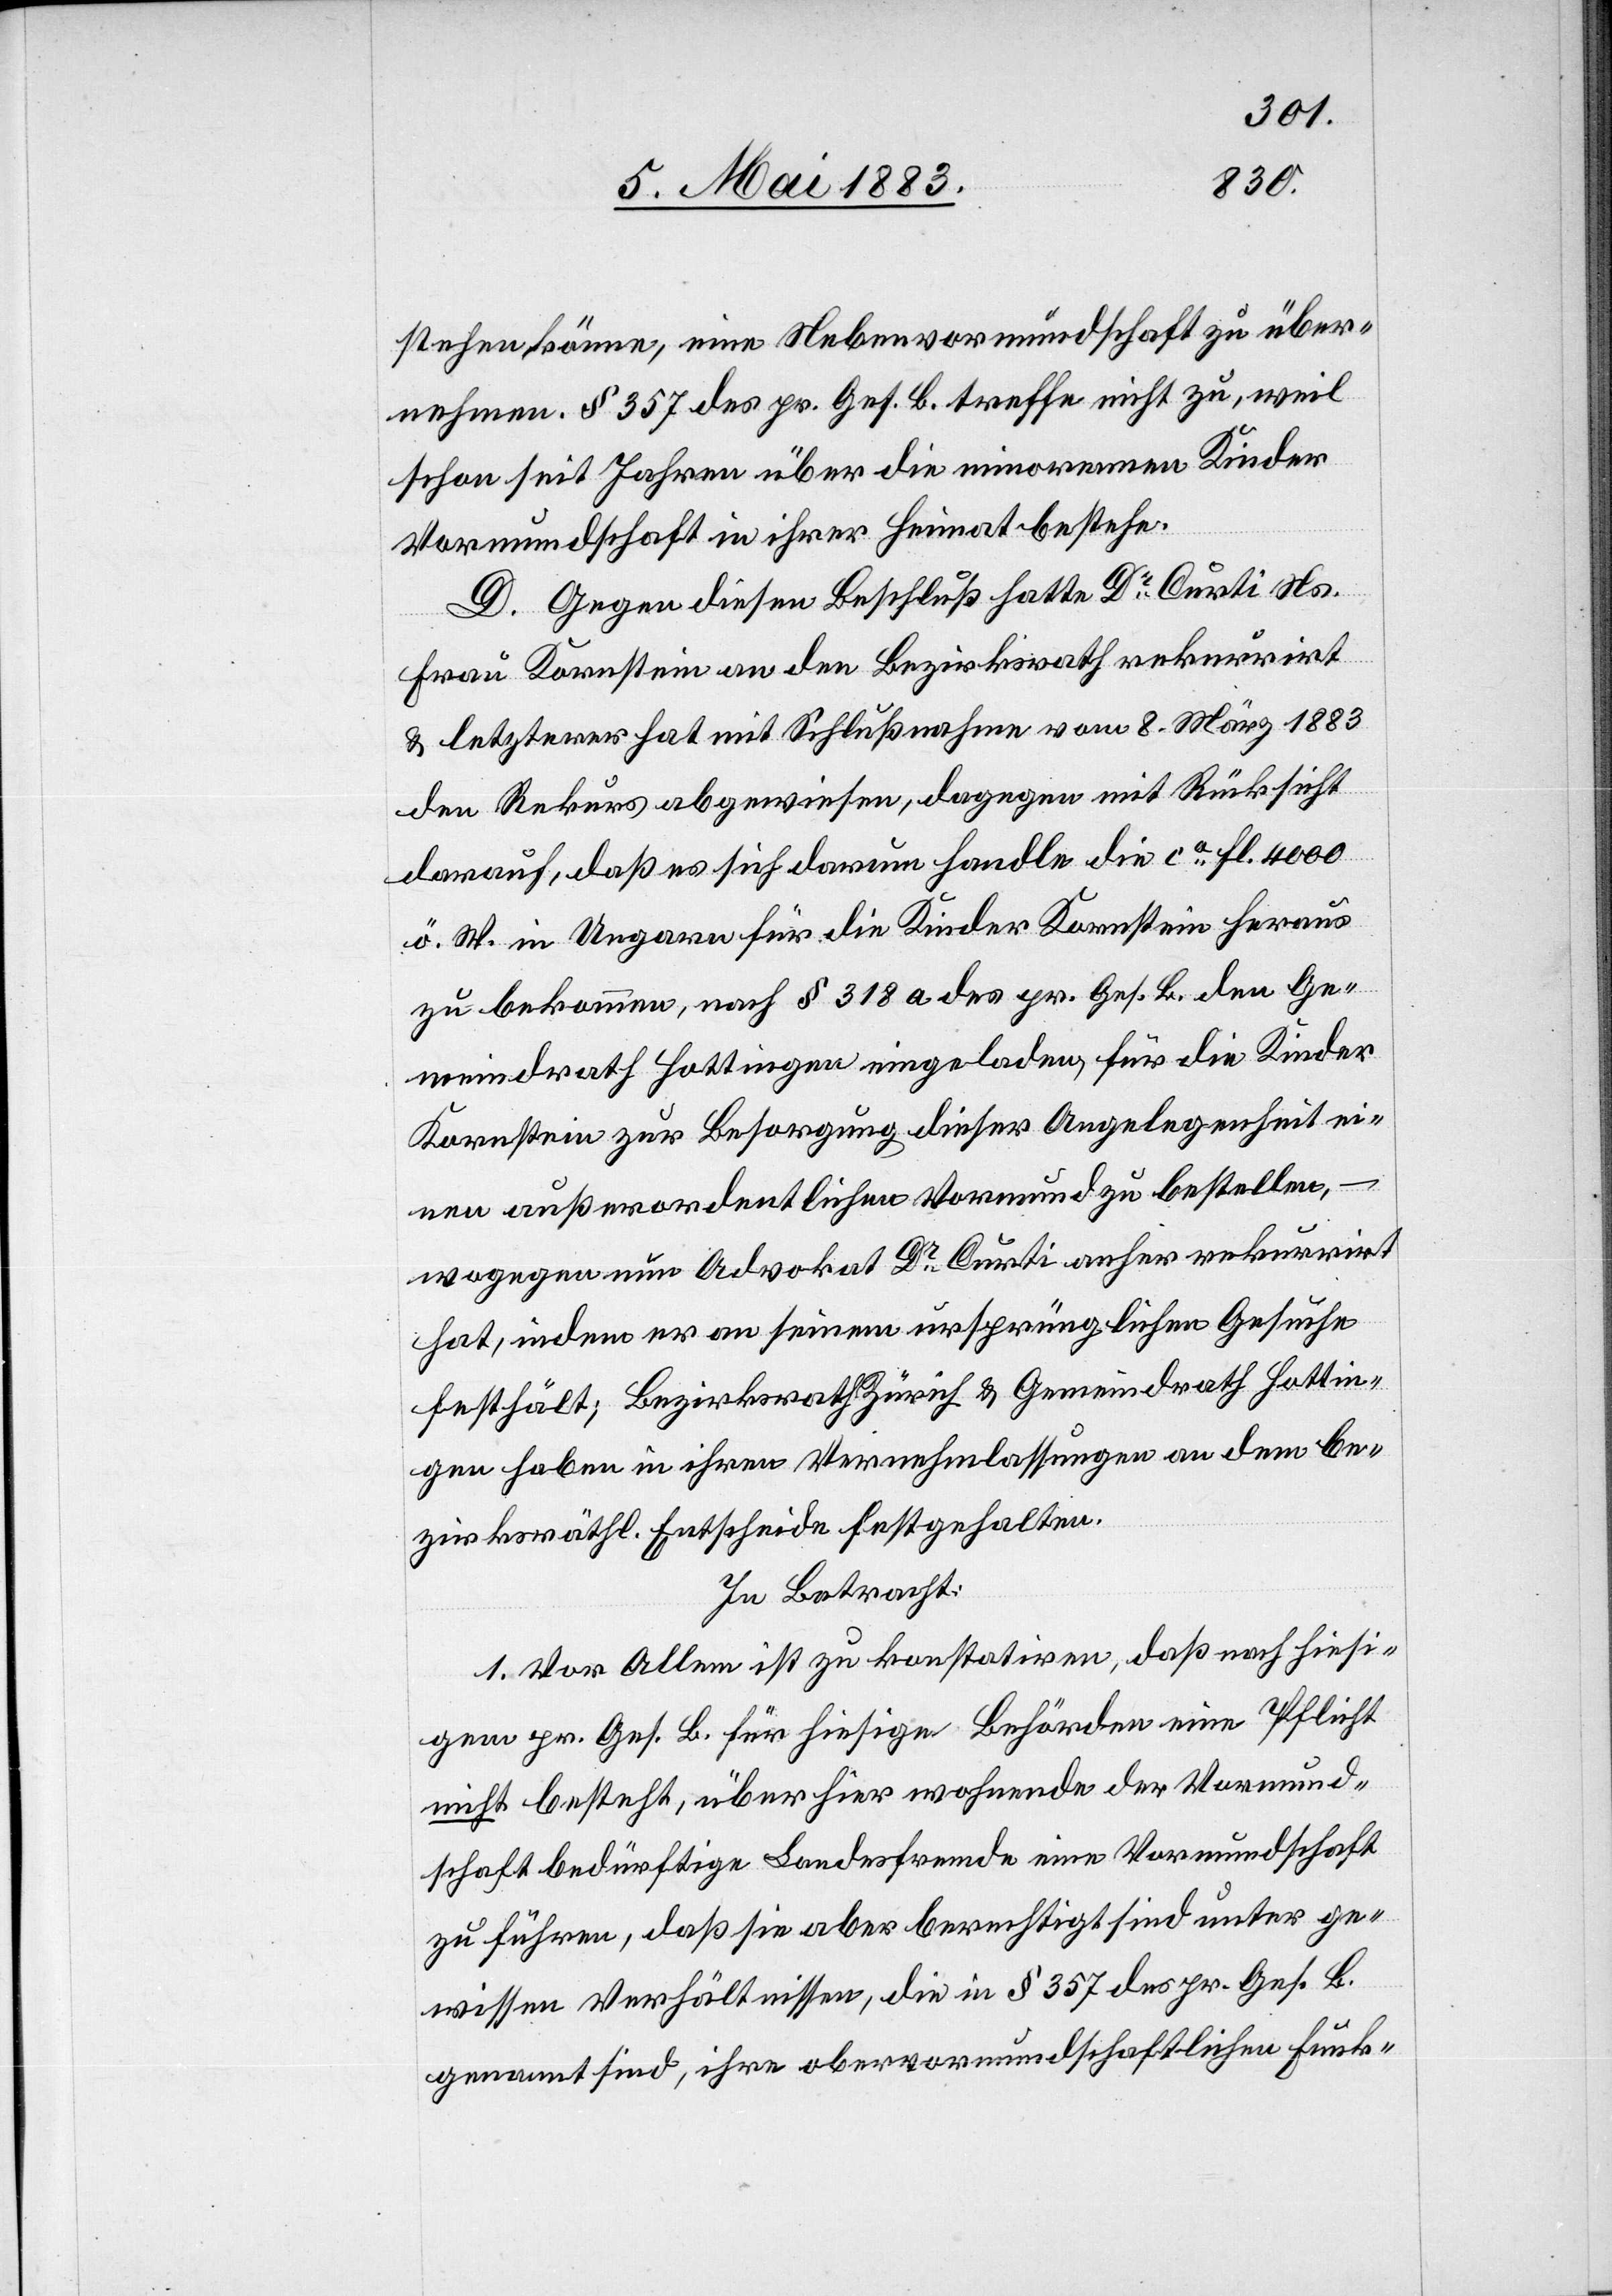
stehen können, eine Nebenvormundschaft zu über¬
nehmen. § 357 des pr. Ges. B. treffe nicht zu, weil
schon seit Jahren über die minorennen Kinder
Vormundschaft in ihrer Heimat bestehe.
D. Gegen diesen Beschluß hatte Dr Curti Ns.
Frau Kornstein an den Bezirksrath rekurrirt
& letzterer hat mit Schlußnahme vom 8. März 1883
den Rekurs abgewiesen, dagegen mit Rücksicht
darauf, daß es sich darum handle die ca Fl. 4000
ö. W. in Ungarn für die Kinder Konstantin heraus
zu bekommen, nach § 318 a des pr. Ges. B. den Ge¬
meindrath Hottingen eingeladen, für die Kinder
Konrstein zur Besorgung dieser Angelegenheit ei¬
nen außerordentlichen Vormund zu bestellen,
wogegen nun Advokat Dr Curti anher rekurrirt
hat, indem er an seinem ursprünglichen Gesuche
festhält; Bezirksarzt Zürich & Gemeindrath Hottin¬
gen haben in ihren Vernehmlassungen an dem be¬
zirksräthl. Entscheide festgehalten.
In Betracht:
1. Vor Allem ist zu konstatiren, daß nach hiesi¬
gem pr. Ges. B. für hiesige Behörden eine Pflicht
nicht besteht, über hier wohnende der Vormund¬
schaft bedürftige Landesfremde eine Vormundschaft
zu führen, daß sie aber berechtigt sind unter ge¬
wissen Verhältnissen, die in § 357 des pr. Ges. B.
genannt sind, ihre obervormundschaftlichen Funk-